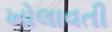
ખોલાવતી